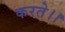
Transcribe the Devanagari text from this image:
करते।।